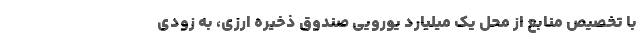
با تخصیص منابع از محل یک میلیارد یورویی صندوق ذخیره ارزی، به زودی